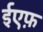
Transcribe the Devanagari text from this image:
ईएफ़